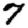
Digit: 7